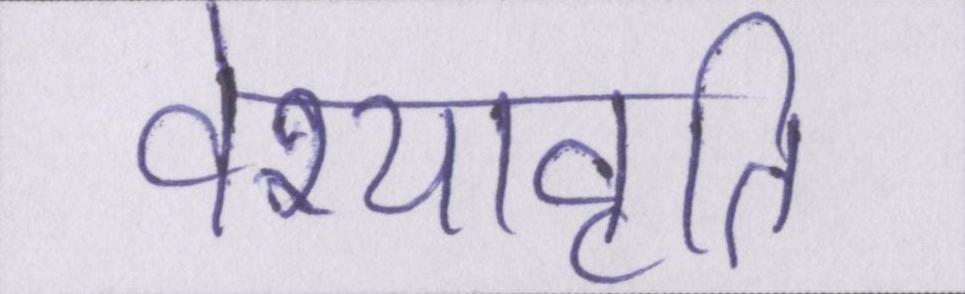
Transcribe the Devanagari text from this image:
वेश्यावृति